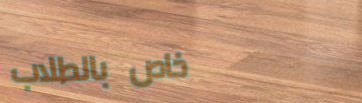
خاص بالطلاب